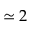
\simeq 2